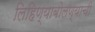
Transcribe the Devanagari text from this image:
लिहिण्याबोलण्याची